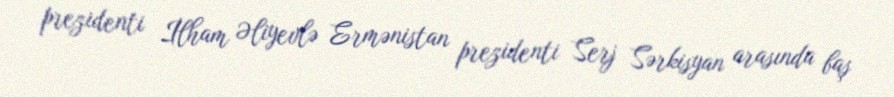
prezidenti İlham Əliyevlə Ermənistan prezidenti Serj Sərkisyan arasında baş